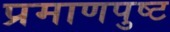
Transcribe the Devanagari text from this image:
प्रमाणपुष्ट